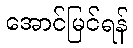
အောင်မြင်ရန်